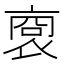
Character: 𧚞